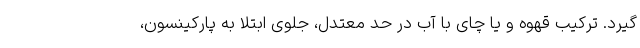
گیرد. ترکیب قهوه و یا چای با آب در حد معتدل، جلوی ابتلا به پارکینسون،